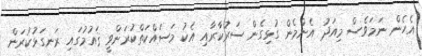
އެހެން ނަމަވެސް މިއަދު އެންމެން ގުޅިގެން ސަރުކާރާއި އެކު މަސައްކަތްކުރަންވީ ޤައުމުގައި ރަނގަޅުކުރަން